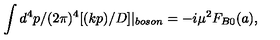
\int d ^ { 4 } p / ( 2 \pi ) ^ { 4 } [ ( k p ) / D ] | _ { b o s o n } = - i \mu ^ { 2 } F _ { B 0 } ( a ) ,